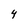
Character: 4